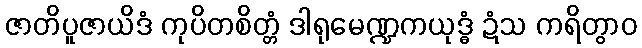
ဇာတိပူဇာယိဒံ ကုပိတစိတ္တံ ဒါရုမေဏ္ဍကယုဒ္ဓံ ဍံသ ကရိတွာဝ